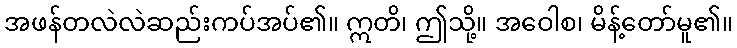
အဖန်တလဲလဲဆည်းကပ်အပ်၏။ ဣတိ၊ ဤသို့။ အဝေါစ၊ မိန့်တော်မူ၏။